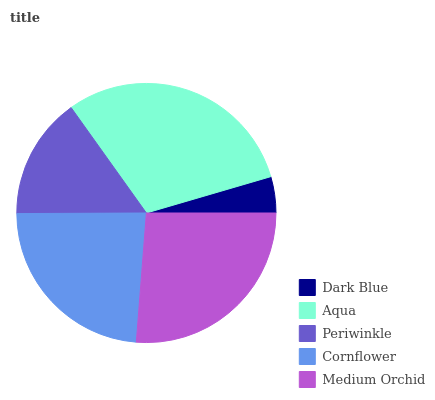
| Dark Blue | Aqua | Periwinkle | Cornflower | Medium Orchid |
 | --- | --- | --- | --- | --- |
 | 4.52% | 30.4% | 15.2% | 23.7% | 26.2% |